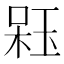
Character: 𣔣